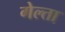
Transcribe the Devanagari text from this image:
गेल्ता